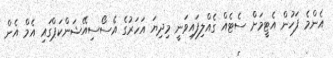
އެންމެ ފަހުން އެޓީމަށް ސެޓެއް ގެއްލިފައިވަނީ މިދިޔަ އަހަރުގެ އެސޯސިއޭޝަންކަޕްގައި އެމް އެން